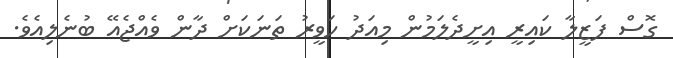
ގޮސް ފަޒީލާ ކައިރީ އިށީދެލަމުން މިއަދު ހަވީރު ތަނަކަށް ދާން ވެއްޖެއޭ ބުނެލިއެވެ.